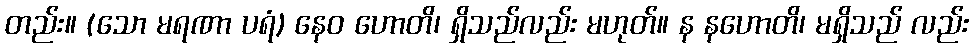
တည်း။ (သော မရဏာ ပရံ) နေဝ ဟောတိ၊ ရှိသည်လည်း မဟုတ်။ န နဟောတိ၊ မရှိသည် လည်း